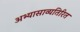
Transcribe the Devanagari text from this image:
अभ्यासाव्यतिरित